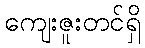
ကျေးဇူးတင်ရှိ